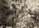
قمتم